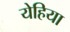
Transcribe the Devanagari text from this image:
येहिया